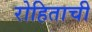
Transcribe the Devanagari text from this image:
रोहिताची